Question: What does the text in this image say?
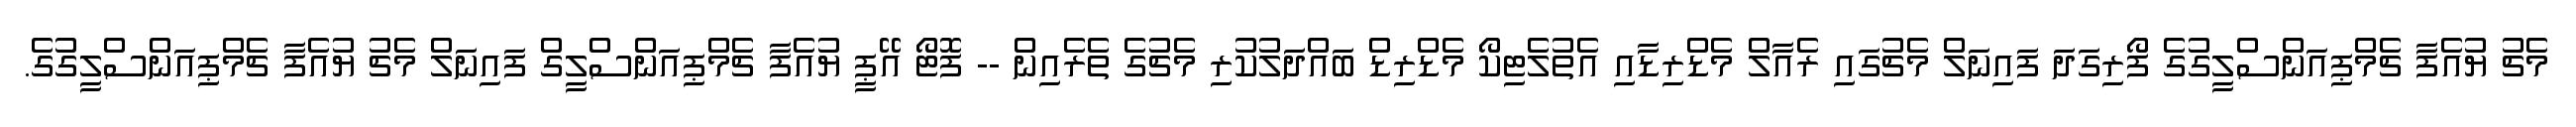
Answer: މެޗު ޔުއެފާ ޗެމްޕިއަންސްލީގުގެ ފޯރިގަދަ ފައިނަލް މެޗުގައި ރެއާލް މެޑްރިޑާއި އެތުލެޓިކޯ މެޑްރިޑް ބައްދަލުކުރި މެޗުގެ ތެރެއިން -- ފޮޓޯ އޭޕީ ޔުއެފާ ޗެމްޕިއަންސްލީގް ފައިނަލް މެޗު ޔުއެފާ ޗެމްޕިއަންސްލީގުގެ.